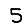
Digit: 5